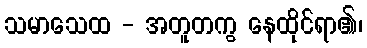
သမာသေထ - အတူတကွ နေထိုင်ရာ၏၊